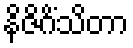
နိဇိဂိံသိတာ